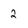
Character: 2